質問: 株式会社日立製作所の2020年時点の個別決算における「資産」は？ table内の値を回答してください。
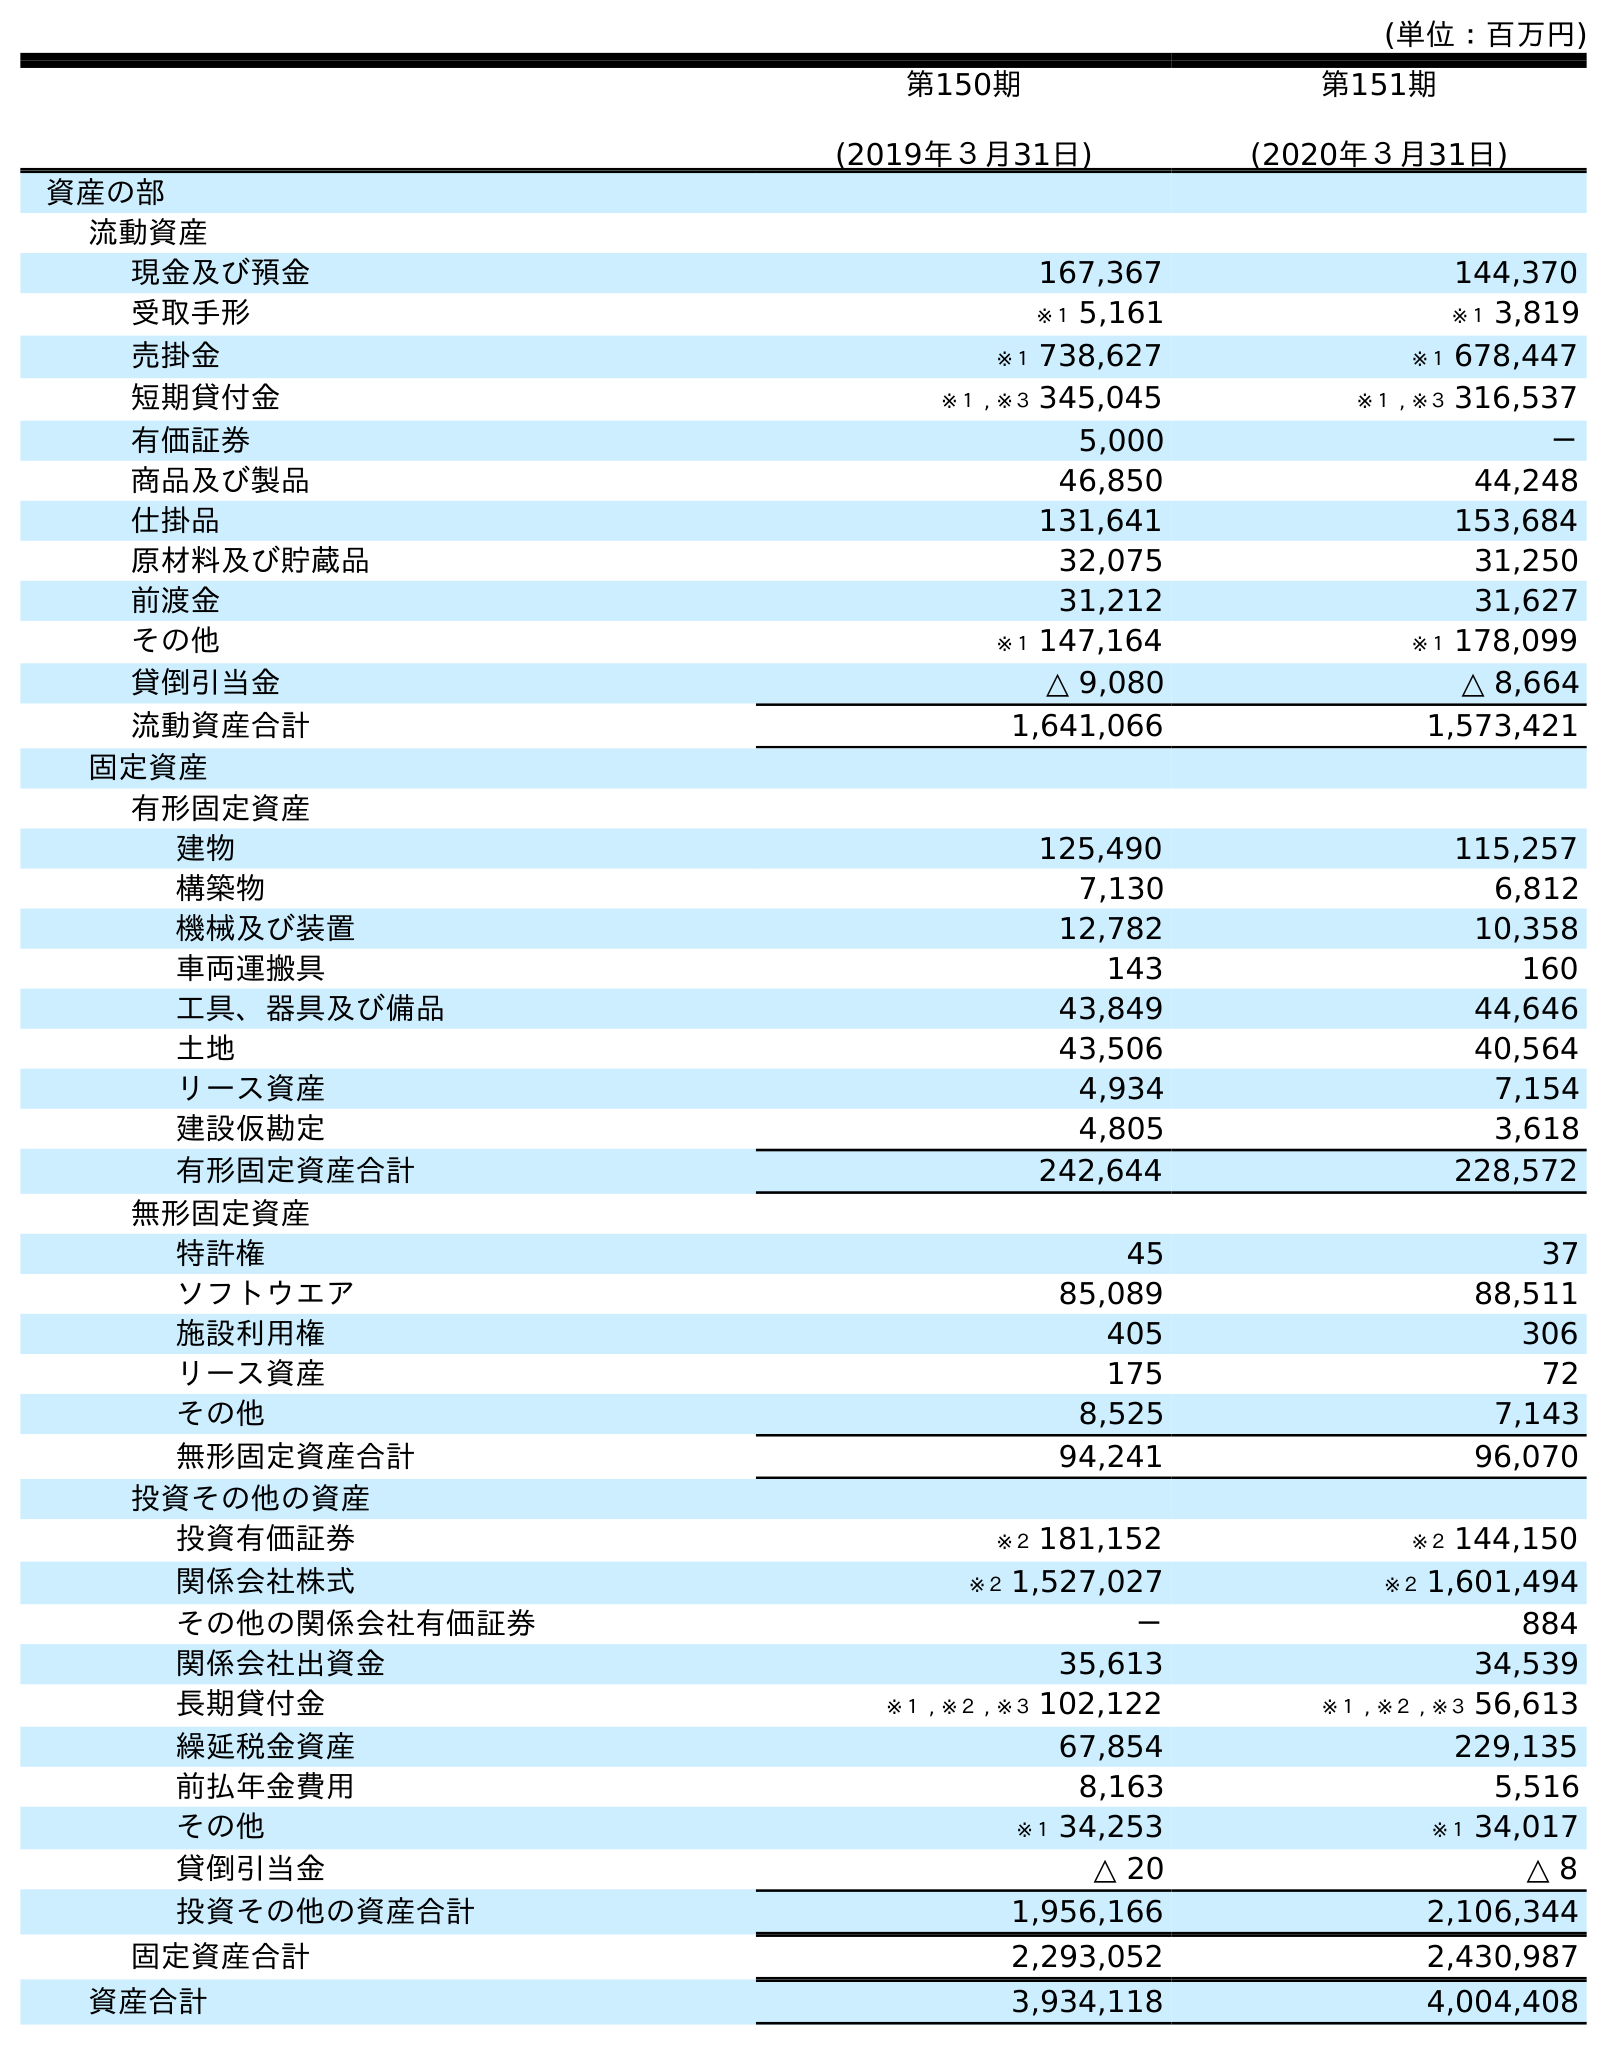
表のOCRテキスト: (単位：百万円) 第150期 (2019年３月31日) 第151期 (2020年３月31日) 資産の部 流動資産 現金及び預金 167,367 144,370 受取手形 ※１ 5,161 ※１ 3,819 売掛金 ※１ 738,627 ※１ 678,447 短期貸付金 ※１ , ※３ 345,045 ※１ , ※３ 316,537 有価証券 5,000 － 商品及び製品 46,850 44,248 仕掛品 131,641 153,684 原材料及び貯蔵品 32,075 31,250 前渡金 31,212 31,627 その他 ※１ 147,164 ※１ 178,099 貸倒引当金 △ 9,080 △ 8,664 流動資産合計 1,641,066 1,573,421 固定資産 有形固定資産 建物 125,490 115,257 構築物 7,130 6,812 機械及び装置 12,782 10,358 車両運搬具 143 160 工具、器具及び備品 43,849 44,646 土地 43,506 40,564 リース資産 4,934 7,154 建設仮勘定 4,805 3,618 有形固定資産合計 242,644 228,572 無形固定資産 特許権 45 37 ソフトウエア 85,089 88,511 施設利用権 405 306 リース資産 175 72 その他 8,525 7,143 無形固定資産合計 94,241 96,070 投資その他の資産 投資有価証券 ※２ 181,152 ※２ 144,150 関係会社株式 ※２ 1,527,027 ※２ 1,601,494 その他の関係会社有価証券 － 884 関係会社出資金 35,613 34,539 長期貸付金 ※１ , ※２ , ※３ 102,122 ※１ , ※２ , ※３ 56,613 繰延税金資産 67,854 229,135 前払年金費用 8,163 5,516 その他 ※１ 34,253 ※１ 34,017 貸倒引当金 △ 20 △ 8 投資その他の資産合計 1,956,166 2,106,344 固定資産合計 2,293,052 2,430,987 資産合計 3,934,118 4,004,408
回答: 4,004,408